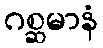
ဂစ္ဆမာနံ